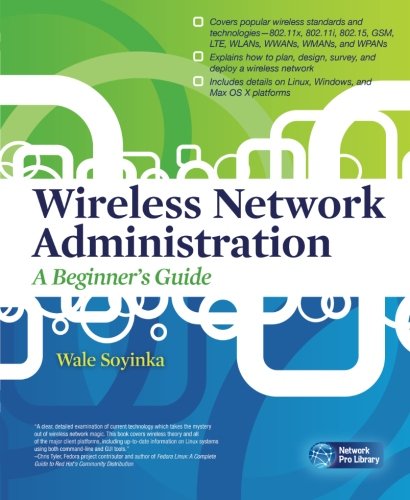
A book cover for Wireless Network Administration A Beginner's Guide (Network Pro Library); Wale Soyinka; Computers & Technology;